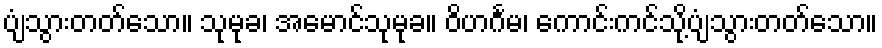
ပျံသွားတတ်သော။ သုမုခ၊ အမောင်သုမုခ။ ဝိဟင်္ဂမ၊ ကောင်းကင်သို့ပျံသွားတတ်သော။